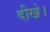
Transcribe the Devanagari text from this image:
दीखे।